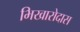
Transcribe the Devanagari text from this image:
भिखारोदास